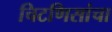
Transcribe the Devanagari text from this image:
चिटणिसांचा